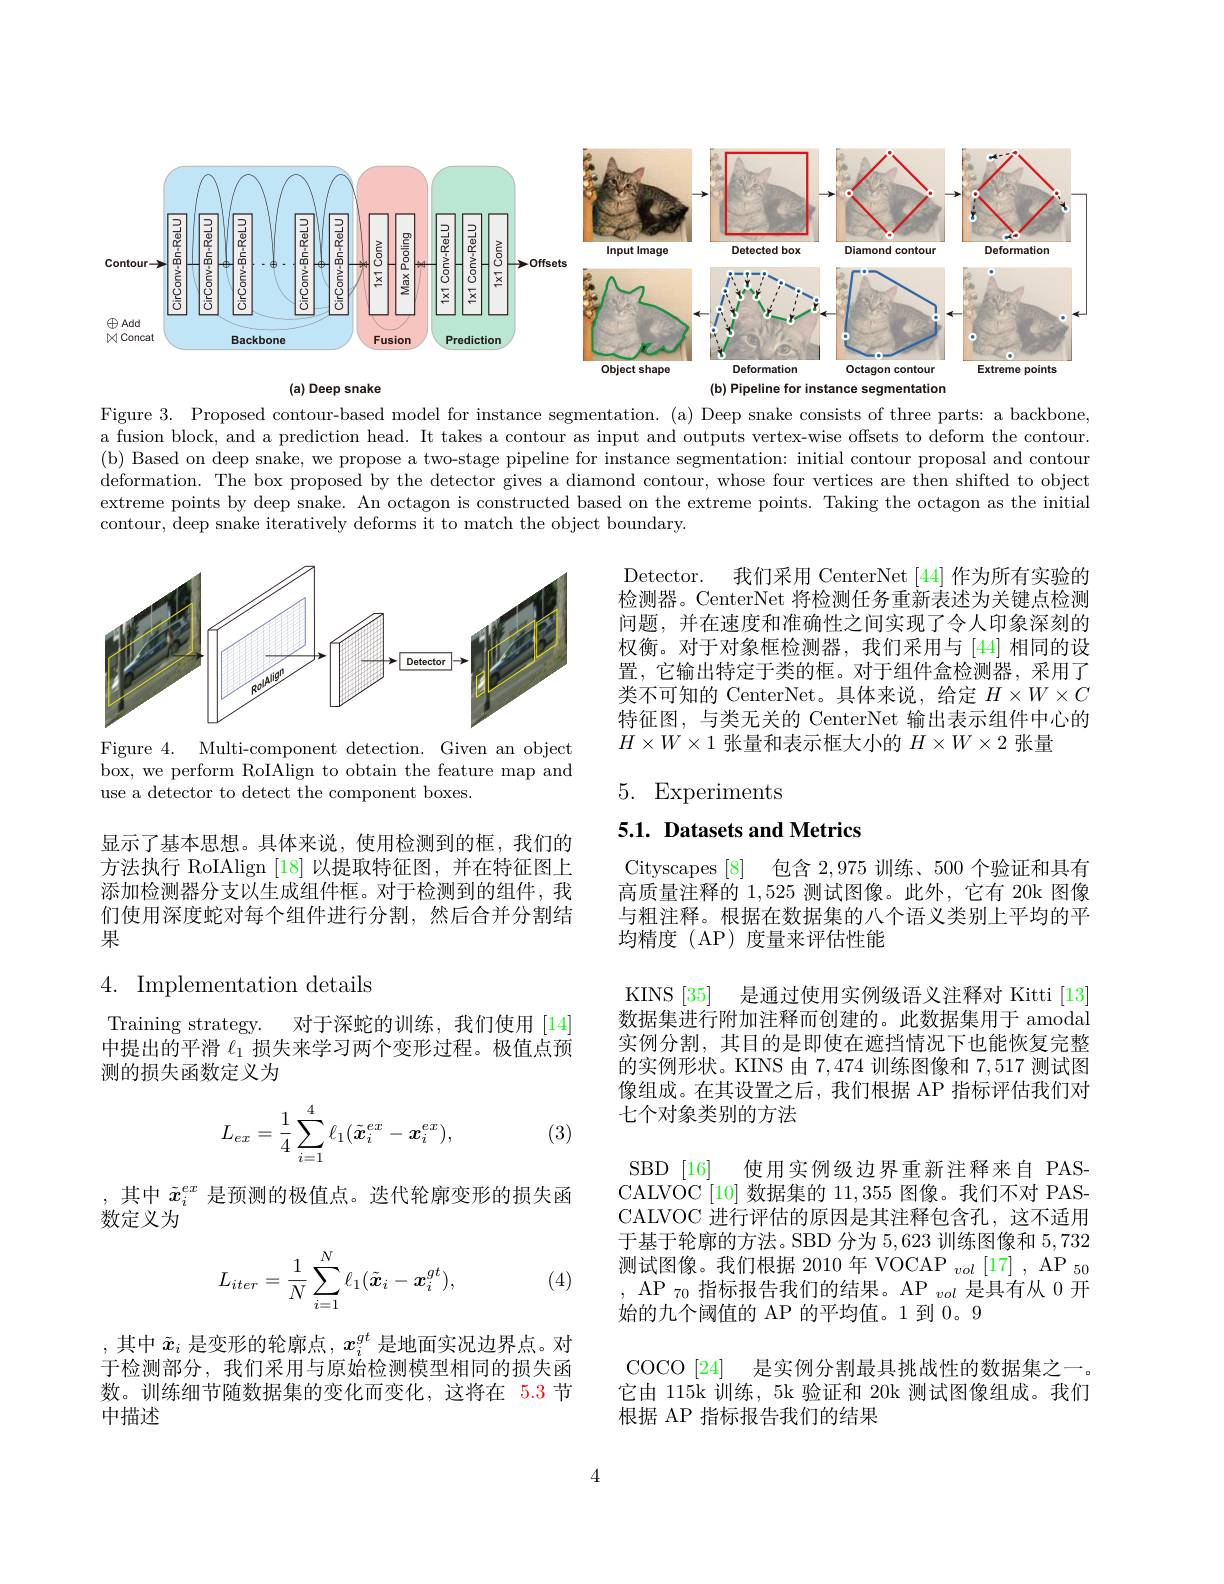
<FigureHere>
(a) Deep snake
(b) Pipeline for instance segmentation

Figure 3. Proposed contour-based model for instance segmentation. (a) Deep snake consists of three parts: a backbone, a fusion block, and a prediction head. It takes a contour as input and outputs vertex-wise offsets to deform the contour. (b) Based on deep snake, we propose a two-stage pipeline for instance segmentation: initial contour proposal and contour deformation. The box proposed by the detector gives a diamond contour, whose four vertices are then shifted to object extreme points by deep snake. An octagon is constructed based on the extreme points. Taking the octagon as the initial contour, deep snake iteratively deforms it to match the object boundary.

<FigureHere>

Detector.
我们采用 CenterNet [44] 作为所有实验的
检测器。CenterNet 将检测任务重新表述为关键点检测问题，并在速度和准确性之间实现了令人印象深刻的权衡。对于对象框检测器，我们采用与[44]相同的设置，它输出特定于类的框。对于组件盒检测器，采用了类不可知的 CenterNet。具体来说，给定$H\times W\times C$ 特征图，与类无关的 CenterNet 输出表示组件中心的$H\times W\times1$张量和表示框大小的$H\times W\times2$张量

Figure 4. Multi-component detection. Given an object box, we perform RoIAlign to obtain the feature map and use a detector to detect the component boxes.

# 5. Experiments

5.1. Datasets and Metrics

显示了基本思想。具体来说，使用检测到的框，我们的方法执行 RoIAlign [18]以提取特征图，并在特征图上添加检测器分支以生成组件框。对于检测到的组件，我们使用深度蛇对每个组件进行分割，然后合并分割结果

包含2，975训练、500 个验证和具有
Cityscapes [8]
高质量注释的1，525测试图像。此外，它有 20k 图像与粗注释。根据在数据集的八个语义类别上平均的平均精度(AP)度量来评估性能

4. Implementation details

Training strategy. 对于深蛇的训练，我们使用[14] 中提出的平滑$\ell_{1}$损失来学习两个变形过程。极值点预测的损失函数定义为
$$L_{ex}=\frac{1}{4}\sum_{i=1}^{4}\ell_{1}(\tilde{\boldsymbol{x}}_{i}^{ex}-\boldsymbol{x}_{i}^{ex}),$$
(3)

SBD [16]
CALVOC [10] 数据集的 11,355 图像。我们不对 PAS-

KINS [35] 是通过使用实例级语义注释对 Kitti [13] 数据集进行附加注释而创建的。此数据集用于 amodal 实例分割，其目的是即使在遮挡情况下也能恢复完整的实例形状。KINS 由7，474训练图像和7，517测试图像组成。在其设置之后，我们根据 AP 指标评估我们对七个对象类别的方法
使用实例级边界重新注释来自 PAS-
CALVOC 进行评估的原因是其注释包含孔，这不适用于基于轮廓的方法。SBD 分为 5,623 训练图像和5，732测试图像。我们根据 2010 年 VOCAP $_{vol}[17],\mathrm{~AP}_{50}$ $,{\mathrm{~AP~}_{70}}$指标报告我们的结果。AP$_vol$是具有从0开始的九个阈值的 AP 的平均值。1 到0。9
COCO[24] 是实例分割最具挑战性的数据集之一。它由 115k 训练，5k 验证和 20k 测试图像组成。我们根据 AP 指标报告我们的结果

,其中$\tilde{x}_i^{ex}$是预测的极值点。迭代轮廓变形的损失函
数定义为
$$L_{iter}=\frac{1}{N}\sum_{i=1}^{N}\ell_{1}(\tilde{\boldsymbol{x}}_{i}-\boldsymbol{x}_{i}^{gt}),$$
(4)

,其中$\tilde{x}_i$是变形的轮廓点$,x_i^{gt}$是地面实况边界点。对于检测部分，我们采用与原始检测模型相同的损失函数。训练细节随数据集的变化而变化，这将在 5.3 节中描述

4